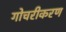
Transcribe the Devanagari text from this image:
गोचरीकरण